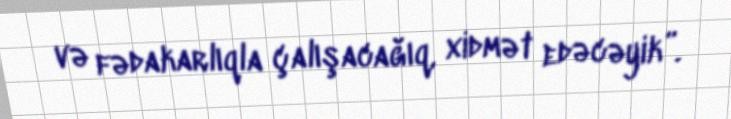
və fədakarlıqla çalışacağıq, xidmət edəcəyik”.